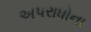
અપરાધોના